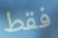
فقط